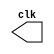
// ---------------------------
// Larissa Fernande Leijoto-410476
//Guia 09
// ---------------------------
module clock ( clk );
 output clk;
 reg    clk;

 initial
  begin
   clk = 1'b0;
  end

 always
  begin
   #12 clk = ~clk;
  end
endmodule

module pulso ( signal, clock );
 input  clock;
 output signal;
 reg    signal;

 always @ ( posedge clock )
  begin
      signal = 1'b1;
  #3  signal = 1'b0;
  end
endmodule // pulso

module guia09exercicio05;

 wire  clock;
 clock clk ( clock );
 wire  p1;

 pulso  pulso1   ( p1, clock );

 initial begin
  $dumpfile ( "guia09exercicio05.vcd" );
  $dumpvars ( 1, clock, p1);

  #480 $finish;
 end

endmodule